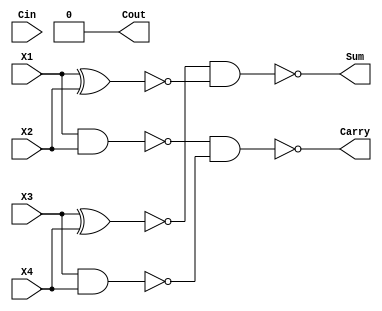
module cmp4(input X1,X2,X3,X4,Cin, 
					output Sum,Carry,Cout
					);
	wire w1,w2,w3,w4;
	nand (w1,X1,X2);
	nand (w2,X3,X4);
	nand (Carry,w1,w2);
	
	xnor (w3,X3,X4);
	xnor (w4,X1,X2);
	nand (Sum,w3,w4);
	assign Cout=1'b0;
	
endmodule